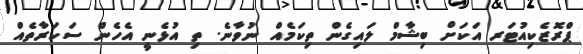
ޕްރޮޒެކިއުޓަރ އަކަށް ބިޝާމް ލައިގެން ތިކަމެއް ނުވާނެ. ތި އުޅެނީ އެހެން ސަކަރާތެއް